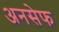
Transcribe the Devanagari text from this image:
अनसेफ